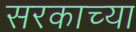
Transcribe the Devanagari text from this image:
सरकाच्या